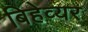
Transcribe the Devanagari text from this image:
बिहेव्यर